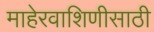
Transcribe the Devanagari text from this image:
माहेरवाशिणीसाठी